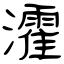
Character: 瀖